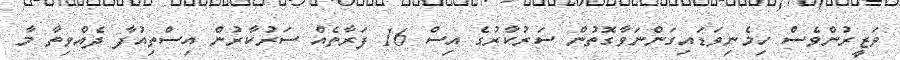
ވަޒީރުންވެސް ހިމެނިވަޑައިގަންނަވާގޮތުން ސަރުކާރުގެ އިސް 16 ފަރާތެއް ސަރުކާރުން އިސްތިއުފާ ދެއްވިތާ މާ